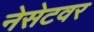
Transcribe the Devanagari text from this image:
नेसेटवर